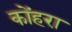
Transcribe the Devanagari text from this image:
कोंहरा